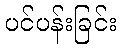
ပင်ပန်းခြင်း